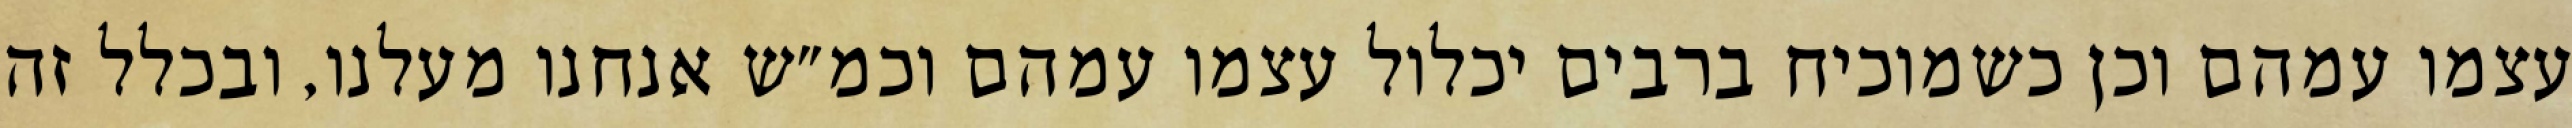
עצמו עמהם וכן כשמוכיח ברבים יכלול עצמו עמהם וכמ״ש אנחנו מעלנו, ובכלל זה